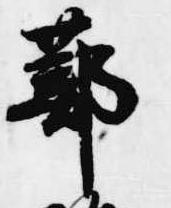
蔀